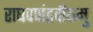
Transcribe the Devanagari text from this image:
राघवपांडवीयमु